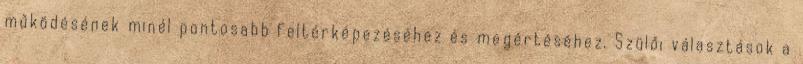
működésének minél pontosabb feltérképezéséhez és megértéséhez. Szülői választások a